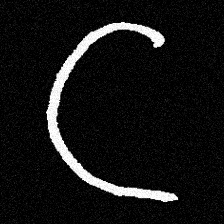
Pyu character \u2014 Myanmar letter: ဋ (romanized: tta)